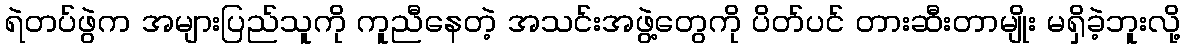
ရဲတပ်ဖွဲက အများပြည်သူကို ကူညီနေတဲ့ အသင်းအဖွဲ့တွေကို ပိတ်ပင် တားဆီးတာမျိုး မရှိခဲ့ဘူးလို့